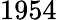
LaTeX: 1954